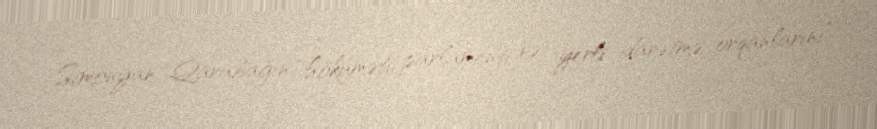
Simonyan Qarabağın “hökuməti, parlamenti və yerli idarətmə orqanlarını”